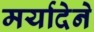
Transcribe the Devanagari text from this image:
मर्यादेने